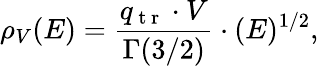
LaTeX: \rho_{V}(E)=\frac{q_{\mathrm{~t~r~}}\cdot V}{\Gamma(3/2)}\cdot(E)^{1/2},